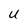
Character: U